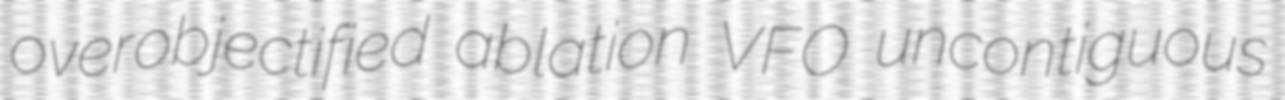
overobjectified ablation VFO uncontiguous